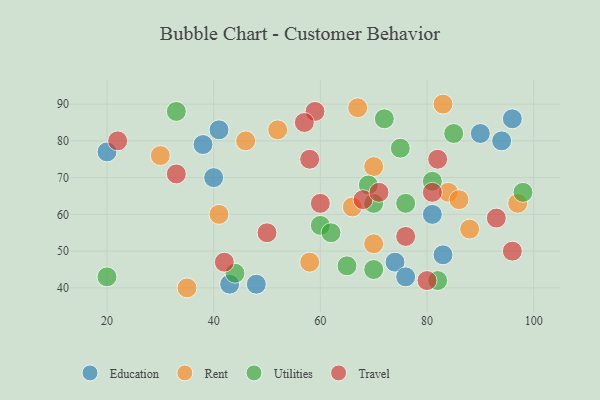
{"axis": {"x": "GDP", "y": "Life Expectancy"}, "legend": ["Education", "Rent", "Travel", "Utilities"], "data": [{"x": "20", "y": 77, "type": "Education"}, {"x": "90", "y": 82, "type": "Education"}, {"x": "83", "y": 49, "type": "Education"}, {"x": "94", "y": 80, "type": "Education"}, {"x": "96", "y": 86, "type": "Education"}, {"x": "81", "y": 60, "type": "Education"}, {"x": "38", "y": 79, "type": "Education"}, {"x": "74", "y": 47, "type": "Education"}, {"x": "40", "y": 70, "type": "Education"}, {"x": "41", "y": 83, "type": "Education"}, {"x": "76", "y": 43, "type": "Education"}, {"x": "43", "y": 41, "type": "Education"}, {"x": "48", "y": 41, "type": "Education"}, {"x": "97", "y": 63, "type": "Rent"}, {"x": "52", "y": 83, "type": "Rent"}, {"x": "58", "y": 47, "type": "Rent"}, {"x": "67", "y": 89, "type": "Rent"}, {"x": "46", "y": 80, "type": "Rent"}, {"x": "70", "y": 73, "type": "Rent"}, {"x": "35", "y": 40, "type": "Rent"}, {"x": "84", "y": 66, "type": "Rent"}, {"x": "70", "y": 52, "type": "Rent"}, {"x": "66", "y": 62, "type": "Rent"}, {"x": "88", "y": 56, "type": "Rent"}, {"x": "86", "y": 64, "type": "Rent"}, {"x": "41", "y": 60, "type": "Rent"}, {"x": "30", "y": 76, "type": "Rent"}, {"x": "83", "y": 90, "type": "Rent"}, {"x": "60", "y": 57, "type": "Utilities"}, {"x": "75", "y": 78, "type": "Utilities"}, {"x": "76", "y": 63, "type": "Utilities"}, {"x": "44", "y": 44, "type": "Utilities"}, {"x": "70", "y": 63, "type": "Utilities"}, {"x": "20", "y": 43, "type": "Utilities"}, {"x": "70", "y": 45, "type": "Utilities"}, {"x": "65", "y": 46, "type": "Utilities"}, {"x": "82", "y": 42, "type": "Utilities"}, {"x": "85", "y": 82, "type": "Utilities"}, {"x": "72", "y": 86, "type": "Utilities"}, {"x": "33", "y": 88, "type": "Utilities"}, {"x": "98", "y": 66, "type": "Utilities"}, {"x": "81", "y": 69, "type": "Utilities"}, {"x": "62", "y": 55, "type": "Utilities"}, {"x": "69", "y": 68, "type": "Utilities"}, {"x": "68", "y": 64, "type": "Travel"}, {"x": "76", "y": 54, "type": "Travel"}, {"x": "81", "y": 66, "type": "Travel"}, {"x": "82", "y": 75, "type": "Travel"}, {"x": "71", "y": 66, "type": "Travel"}, {"x": "42", "y": 47, "type": "Travel"}, {"x": "60", "y": 63, "type": "Travel"}, {"x": "93", "y": 59, "type": "Travel"}, {"x": "58", "y": 75, "type": "Travel"}, {"x": "80", "y": 42, "type": "Travel"}, {"x": "96", "y": 50, "type": "Travel"}, {"x": "59", "y": 88, "type": "Travel"}, {"x": "50", "y": 55, "type": "Travel"}, {"x": "22", "y": 80, "type": "Travel"}, {"x": "33", "y": 71, "type": "Travel"}, {"x": "57", "y": 85, "type": "Travel"}]}